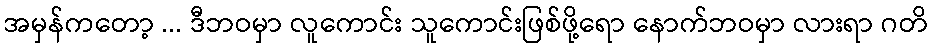
အမှန်ကတော့ ... ဒီဘဝမှာ လူကောင်း သူကောင်းဖြစ်ဖို့ရော နောက်ဘဝမှာ လားရာ ဂတိ